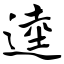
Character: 逵